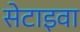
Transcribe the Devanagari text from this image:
सेटाइवा